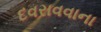
દવરાવવાના